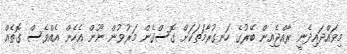
މިވައްދައިދެނީ ރާއްޖެއިން ބޭރުގެ ހަނގުރާމަތަކަށް ގޮސްގެން މަރުވުން ނޫން އެހެން އެއްވެސް ގޮތެއް